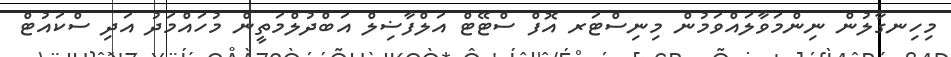
މިހިނގާލުން ނިންމަވާލައްވަމުން މިނިސްޓަރ އޮފް ސްޓޭޓް އަލްފާޟިލް އަބްދުލްމަތީން މުހައްމަދު އަދި ސްކައުޓް